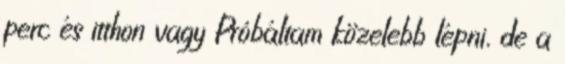
perc és itthon vagy Próbáltam közelebb lépni, de a